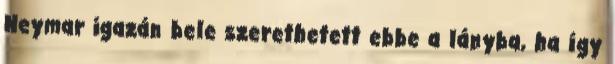
Neymar igazán bele szerethetett ebbe a lányba, ha így